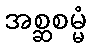
အစ္ဆစမ္မံ